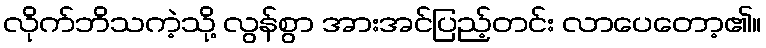
လိုက်ဘိသကဲ့သို့ လွန်စွာ အားအင်ပြည့်တင်း လာပေတော့၏။